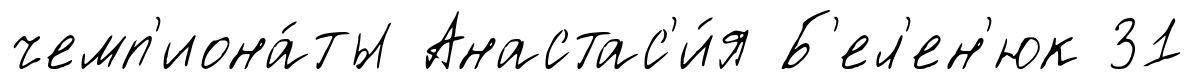
чемп'иона́ты Анастас'и́я Б'ел'ен'юк 31